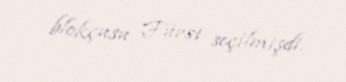
blokçusu Fürst seçilmişdi.